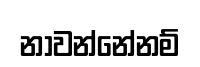
නාවන්නේනම්